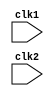
module IITB_RISC (clk1,clk2);

  input clk1, clk2; 	//Two-phase clock 
  
  reg [15:0] PC, IF_ID_IR, IF_ID_NPC;
  reg [15:0] ID_RR_IR, ID_RR_NPC,ID_RR_Imm9, RR_EX_A, RR_EX_B, RR_EX_Imm9, RR_EX_IR, 
    	     RR_EX_NPC,ID_RR_Imm6,RR_EX_Imm6;
  reg [2:0]  ID_RR_type,RR_EX_type, EX_MEM_type, MEM_WB_type;
  reg [15:0] EX_MEM_IR,MEM_WB_IR, EX_MEM_A,EX_MEM_Imm9,MEM_WB_A,MEM_WB_LMD;
  reg [16:0] EX_MEM_ALUout, MEM_WB_ALUout;
  reg [16:0] R0_M,R1_M,R2_M,R3_M,R4_M,R5_M,R6_M,R7_M;
  reg        EX_MEM_cond,Zero,Carry;
				
  reg [15:0] Reg [0:7];		 // 7 General purpose Registers		
  reg [15:0] Mem [0:1023];       // Memory

  parameter Addition=4'b0000, ADI=4'b0001, Nand=4'b0010, LHI=4'b0011, LW=4'b0100, 
            SW=4'b0101, LM=4'b0110, SM=4'b0111, BEQ=4'b1100, JAL=4'b1000, JLR=4'b1001,
	    ADD_NDU=3'b000, ADC_NDC=3'b010, ADZ_NDZ=3'b001;
  
  parameter RR_ALU=5'b00000, RM_ALU=5'b00001, LOAD=5'b00010, STORE=5'b00011, 
  	    BRANCH=5'b00100, JUMP=5'b00101, HALT=5'b00111;

  reg HALTED;  		        //Set after HLT instruction is completed in wb stage
  reg TAKEN_BRANCH;             //Required to disable instructions after branch
		
//=========================== IF Stage ==================================//

always @(posedge clk1)
   if (HALTED==0)
   begin
     if (((EX_MEM_IR[15:12] == BEQ) && (EX_MEM_cond == 1)) ||
         ((EX_MEM_IR[15:12] == JAL)) ||
         ((EX_MEM_IR[15:12] == JLR)))
        begin
          IF_ID_IR     <= Mem[EX_MEM_ALUout];
	  TAKEN_BRANCH <= 1'b1;
          IF_ID_NPC    <= EX_MEM_ALUout + 1;
	  PC           <= EX_MEM_ALUout + 1;
	end
     else
       begin 
	  IF_ID_IR     <= Mem[PC];
	  IF_ID_NPC    <= PC + 1;
	  PC           <= PC + 1;
	end
   end

//=========================== ID Stage ==================================//

always @(posedge clk2)
   if (HALTED==0)
   begin
    ID_RR_NPC <= IF_ID_NPC;
    ID_RR_IR  <= IF_ID_IR;
    ID_RR_Imm9 <= {{7{IF_ID_IR[8]}}, {IF_ID_IR[8:0]}};
    ID_RR_Imm6 <= {{10{IF_ID_IR[5]}}, {IF_ID_IR[5:0]}};
       case (IF_ID_IR[15:12])
  	  Addition, Nand : ID_RR_type <= RR_ALU;
	  ADI, LHI	 : ID_RR_type <= RM_ALU;
 	  LW, LM	 : ID_RR_type <= LOAD;
	  SW, SM	 : ID_RR_type <= STORE;
	  BEQ		 : ID_RR_type <= BRANCH;
	  JAL,JLR	 : ID_RR_type <= JUMP;
//	  HLT		 : ID_RR_type <= HALT;
	  default	 : ID_RR_type <= HALT;   //invalid opcode

       endcase  
   end

//=========================== RR Stage ==================================//

always @(posedge clk1)
   if (HALTED==0)
   begin
     
     RR_EX_NPC  <= ID_RR_NPC;
     RR_EX_IR   <= ID_RR_IR;
     RR_EX_Imm6  <= ID_RR_Imm6;
     RR_EX_Imm9  <= ID_RR_Imm9;
     RR_EX_type <= ID_RR_type;
     if ((ID_RR_IR[15:12] == Addition) || (ID_RR_IR[15:12] == Nand) || (ID_RR_IR[15:12] == SW) || (ID_RR_IR[15:12] == BEQ)) //Dependencies for Add/Nand/SW i.e. forwarding
     begin
        if (ID_RR_IR[11:9]==RR_EX_IR[5:3])   
	  begin
	  RR_EX_A   <= EX_MEM_ALUout;
	  RR_EX_B   <= Reg[ID_RR_IR[8:6]];
	  end
	else if (ID_RR_IR[8:6]==RR_EX_IR[5:3])
	  begin
	  RR_EX_B   <= EX_MEM_ALUout;
	  RR_EX_A   <= Reg[ID_RR_IR[11:9]];
	  end
	else
	  begin
	  RR_EX_A    <= Reg[ID_RR_IR[11:9]];		//RA
    	  RR_EX_B    <= Reg[ID_RR_IR[8:6]];		//RB
	  end
     end

 
        if (ID_RR_IR[15:12] == ADI)  //Dependencies for ADI i.e. forwarding
	  begin
            if (ID_RR_IR[11:9]==RR_EX_IR[5:3])   
	     RR_EX_A   <= EX_MEM_ALUout;	    
	  end

	if ((ID_RR_IR[15:12] == LW) || (ID_RR_IR[15:12] == JLR))  //Dependencies for LW i.e. forwarding
	  begin
            if (ID_RR_IR[8:6]==RR_EX_IR[5:3])   
	     RR_EX_B   <= EX_MEM_ALUout;	    
	  end


	
     
   end

//=========================== EX Stage ==================================//

always @(posedge clk2)
   if (HALTED==0)
   begin
     EX_MEM_type   <=  RR_EX_type;
     EX_MEM_IR	   <=  RR_EX_IR;
     EX_MEM_Imm9   <=  RR_EX_Imm9;
     TAKEN_BRANCH  <=  0;
	
	if ((RR_EX_IR[15:12]==Addition) && (RR_EX_IR[2:0]==ADD_NDU))
//	  begin
		EX_MEM_ALUout <= RR_EX_A + RR_EX_B;
//		if ((EX_MEM_ALUout == 17'b00000000000000000))
//		   begin		
//			Zero = 1;
//		   end
//	       else if (EX_MEM_ALUout[16]==1)
//		   begin			
//			Carry = 1;
//		else
//		     Zero = 0;
//		   end
	//	else 
	//		Carry == 0;	
//	  end

	else if ((RR_EX_IR[15:12]==Addition) && (RR_EX_IR[2:0]==ADC_NDC) && (Carry==1))
//	   begin
		EX_MEM_ALUout <= RR_EX_A + RR_EX_B;
//		if (EX_MEM_ALUout == 17'b0000000000000000)
//		   begin			
//			Zero = 1;
//		   end
//		else if (EX_MEM_ALUout[16]==1)
//		   begin			
//			Carry = 1;
//		   end		
//	   end

	else if ((RR_EX_IR[15:12]==Addition) && (RR_EX_IR[2:0]==ADZ_NDZ) && (Zero==1))
//	  begin
		EX_MEM_ALUout <= RR_EX_A + RR_EX_B;
//		if (EX_MEM_ALUout == 17'b0000000000000000)
//		   begin		
// 			Zero = 1;
//		   end
//		else if (EX_MEM_ALUout[16]==1)
//		   begin			
//			Carry = 1;
//		   end		
//	  end

	else if ((RR_EX_IR[15:12]==Nand) && (RR_EX_IR[2:0]==ADD_NDU))
//	  begin
		EX_MEM_ALUout <= RR_EX_A ~& RR_EX_B;
//		if (EX_MEM_ALUout == 17'b0000000000000000)
//		   begin			
//			Zero = 1;
//	       	   end
//		else 
//			Zero = 0;
//	  end	

	else if ((RR_EX_IR[15:12]==Nand) && (RR_EX_IR[2:0]==ADC_NDC) && (Carry==1))
//	  begin
		EX_MEM_ALUout <= RR_EX_A ~& RR_EX_B;
//		if (EX_MEM_ALUout == 17'b0000000000000000)
//		   begin
//			Zero = 1;
//		   end
//	  end	

	else if ((RR_EX_IR[15:12]==Nand) && (RR_EX_IR[2:0]==ADZ_NDZ) && (Zero==1))
//	  begin
		EX_MEM_ALUout <= RR_EX_A ~& RR_EX_B;
//		if (EX_MEM_ALUout == 17'b0000000000000000)
//		  begin
//			Zero = 1;
//		  end
//	  end

	else if (RR_EX_IR[15:12]==ADI)
//	   begin
		EX_MEM_ALUout <= RR_EX_A + RR_EX_Imm6;		//ALUout has the value to be stored in RB
//		if (EX_MEM_ALUout == 17'b0000000000000000)
//		  begin
//			Zero = 1;
//		  end
//		else if (EX_MEM_ALUout[16]==1)
//		  begin
//			Carry = 1;
//		  end
//	end
	
	else if (RR_EX_IR[15:12]==LW)
//	   begin
		EX_MEM_ALUout <= RR_EX_B+ RR_EX_Imm6;  //Memory adress. Value to be stored in RA
		//EX_MEM_A      <= RR_EX_A;
//		if (EX_MEM_ALUout == 17'b0000000000000000)
//		   begin
//			Zero = 1;
//		   end
//	end

	else if (RR_EX_IR[15:12]==LHI)
//	   begin
		EX_MEM_A   <=  {RR_EX_Imm9[8:0],7'b0000000};  //To be stored in RA
		             
//	   end

	else if (RR_EX_IR[15:12]==SW)
	   begin
		EX_MEM_ALUout <= RR_EX_B+ RR_EX_Imm6;    //Memory adress. RA value to be stored here
		EX_MEM_A      <= RR_EX_A;
	   end
	
	else if (RR_EX_IR[15:12]==BEQ)
	   begin
		EX_MEM_ALUout  <=  RR_EX_NPC + RR_EX_Imm6;
		EX_MEM_cond    <=  ((RR_EX_A-RR_EX_B) == 0);
	   end	

	else if (RR_EX_IR[15:12]==JAL)
	   begin
		EX_MEM_ALUout  <=  RR_EX_NPC + RR_EX_Imm9;
		EX_MEM_A       <=  RR_EX_NPC;		//To be stored in RA
	   end	

	else if (RR_EX_IR[15:12]==JLR)
	   begin
		EX_MEM_ALUout  <=  RR_EX_B + 16'b0000000000000000;  //branch to this adress
		EX_MEM_A       <=  RR_EX_NPC;
	   end

	else if (RR_EX_IR[15:12]==LM)
	   begin
		EX_MEM_ALUout  <=  RR_EX_A + 16'b0000000000000000;
		EX_MEM_Imm9    <=  RR_EX_Imm9;
	   end

	else if (RR_EX_IR[15:12]==SM)
	   begin
		EX_MEM_ALUout  <=  RR_EX_A + 16'b0000000000000000;
		EX_MEM_Imm9    <=  RR_EX_Imm9;
	   end


   end

//=========================== MEM Stage ==================================//

always @(posedge clk1)
 //  if ((HALTED==0)&&(TAKEN_BRANCH==0))
   if (HALTED==0)

   begin
	MEM_WB_type  <=  EX_MEM_type;
	MEM_WB_IR  <=  EX_MEM_IR;
          if ((RR_EX_IR[15:12]==Addition) && (RR_EX_IR[2:0]==ADD_NDU))
	  begin
//		EX_MEM_ALUout <= RR_EX_A + RR_EX_B;
	       if ((EX_MEM_ALUout == 17'b00000000000000000))		
			Zero = 1;

	       else if (EX_MEM_ALUout[16]==1)			
			Carry = 1;

	       else
		  begin
		     Zero = 0;
		     Carry= 0;
		  end	
	  end

	else if ((RR_EX_IR[15:12]==Addition) && (RR_EX_IR[2:0]==ADC_NDC) && (Carry==1))
	   begin
//		EX_MEM_ALUout <= RR_EX_A + RR_EX_B;
		if (EX_MEM_ALUout == 17'b0000000000000000)			
			Zero = 1;

		else if (EX_MEM_ALUout[16]==1)			
			Carry = 1;

	        else
		  begin
		     Zero = 0;
		     Carry= 0;
		  end
	   end

	else if ((RR_EX_IR[15:12]==Addition) && (RR_EX_IR[2:0]==ADZ_NDZ) && (Zero==1))
	  begin
//		EX_MEM_ALUout <= RR_EX_A + RR_EX_B;
		if (EX_MEM_ALUout == 17'b0000000000000000)
 			Zero = 1;

		else if (EX_MEM_ALUout[16]==1)			
			Carry = 1;
	        else
		   begin
		     Zero = 0;
		     Carry= 0;
		   end
	
	  end

	else if ((RR_EX_IR[15:12]==Nand) && (RR_EX_IR[2:0]==ADD_NDU))
	  begin
//		EX_MEM_ALUout <= RR_EX_A ~& RR_EX_B;
		if (EX_MEM_ALUout == 17'b0000000000000000)			
			Zero = 1;
		else 
			Zero = 0;
	  end	

	else if ((RR_EX_IR[15:12]==Nand) && (RR_EX_IR[2:0]==ADC_NDC) && (Carry==1))
	  begin
//		EX_MEM_ALUout <= RR_EX_A ~& RR_EX_B;
		if (EX_MEM_ALUout == 17'b0000000000000000)
			Zero = 1;
		else 
			Zero = 0;
	  end	

	else if ((RR_EX_IR[15:12]==Nand) && (RR_EX_IR[2:0]==ADZ_NDZ) && (Zero==1))
	  begin
//		EX_MEM_ALUout <= RR_EX_A ~& RR_EX_B;
		if (EX_MEM_ALUout == 17'b0000000000000000)
			Zero = 1;
		else 
			Zero = 0;
	  end

	else if (RR_EX_IR[15:12]==ADI)
	   begin
//		EX_MEM_ALUout <= RR_EX_A + RR_EX_Imm6;		//ALUout has the value to be stored in RB
		if (EX_MEM_ALUout == 17'b0000000000000000)
			Zero = 1;

		else if (EX_MEM_ALUout[16]==1)
			Carry = 1;

		else
		   begin
		     Zero = 0;
		     Carry= 0;
		   end
	   end
	
	else if (RR_EX_IR[15:12]==LW)
	   begin
//		EX_MEM_ALUout <= RR_EX_B+ RR_EX_Imm6;  //Memory adress. Value to be stored in RA
		//EX_MEM_A      <= RR_EX_A;
		if (EX_MEM_ALUout == 17'b0000000000000000)
			Zero = 1;
		else 
			Zero = 0;
	   end

	case(EX_MEM_IR[15:12])
	  Addition, Nand, ADI : MEM_WB_ALUout <=  EX_MEM_ALUout;
	  LHI, JAL, JLR	      : MEM_WB_A      <=  EX_MEM_A;
				//MEM_WB_IR  <=  RR_EX_IR;			
	  LW		      : MEM_WB_LMD  <= Mem[EX_MEM_ALUout];
	  SW		      : if (TAKEN_BRANCH == 0)		    //Disable write
				  Mem[EX_MEM_ALUout]  <=  EX_MEM_A;
	  LM                  : begin
				R0_M <= Mem[EX_MEM_ALUout];
				R1_M <= Mem[EX_MEM_ALUout + EX_MEM_Imm9[0]];
				R2_M <= Mem[EX_MEM_ALUout + EX_MEM_Imm9[0]+EX_MEM_Imm9[1]];
				R3_M <= Mem[EX_MEM_ALUout + EX_MEM_Imm9[0]+EX_MEM_Imm9[1]+ EX_MEM_Imm9[2]];
				R4_M <= Mem[EX_MEM_ALUout + EX_MEM_Imm9[0]+EX_MEM_Imm9[1]+ EX_MEM_Imm9[2]+ EX_MEM_Imm9[3]];
				R5_M <= Mem[EX_MEM_ALUout + EX_MEM_Imm9[0]+EX_MEM_Imm9[1]+ EX_MEM_Imm9[2]+ EX_MEM_Imm9[3]+ EX_MEM_Imm9[4]];
				R6_M <= Mem[EX_MEM_ALUout + EX_MEM_Imm9[0]+EX_MEM_Imm9[1]+ EX_MEM_Imm9[2]+ EX_MEM_Imm9[3]+ EX_MEM_Imm9[4]+ EX_MEM_Imm9[5]];
				R7_M <= Mem[EX_MEM_ALUout + EX_MEM_Imm9[0]+EX_MEM_Imm9[1]+ EX_MEM_Imm9[2]+ EX_MEM_Imm9[3]+ EX_MEM_Imm9[4]+ EX_MEM_Imm9[5]+ EX_MEM_Imm9[6]];
				end
	  SM		      : if (EX_MEM_Imm9[0]==1)
				  Mem[EX_MEM_ALUout]  <=  Reg[0];
				else if (EX_MEM_Imm9[1]==1)
				  Mem[EX_MEM_ALUout + EX_MEM_Imm9[0]] <= Reg[1];
				else if (EX_MEM_Imm9[2]==1)
				  Mem[EX_MEM_ALUout + EX_MEM_Imm9[0]+EX_MEM_Imm9[1]] <= Reg[2];
				else if (EX_MEM_Imm9[3]==1)
				  Mem[EX_MEM_ALUout + EX_MEM_Imm9[0]+EX_MEM_Imm9[1]+ EX_MEM_Imm9[2]] <= Reg[3];
				else if (EX_MEM_Imm9[4]==1)
				  Mem[EX_MEM_ALUout + EX_MEM_Imm9[0]+EX_MEM_Imm9[1]+ EX_MEM_Imm9[2]+ EX_MEM_Imm9[3]] <= Reg[4];
				else if (EX_MEM_Imm9[5]==1)
				  Mem[EX_MEM_ALUout + EX_MEM_Imm9[0]+EX_MEM_Imm9[1]+ EX_MEM_Imm9[2]+ EX_MEM_Imm9[3]+ EX_MEM_Imm9[4]] <= Reg[5];
				else if (EX_MEM_Imm9[6]==1)
				  Mem[EX_MEM_ALUout + EX_MEM_Imm9[0]+EX_MEM_Imm9[1]+ EX_MEM_Imm9[2]+ EX_MEM_Imm9[3]+ EX_MEM_Imm9[4]+ EX_MEM_Imm9[5]] <= Reg[6];
				else if (EX_MEM_Imm9[7]==1)
				  Mem[EX_MEM_ALUout + EX_MEM_Imm9[0]+EX_MEM_Imm9[1]+ EX_MEM_Imm9[2]+ EX_MEM_Imm9[3]+ EX_MEM_Imm9[4]+ EX_MEM_Imm9[5]+ EX_MEM_Imm9[6]] <= Reg[7];

//	  SM		      : if (EX_MEM_Imm9[0]==1)
//				Mem[EX_MEM_ALUout]  <=  Reg[0];
//				  if (EX_MEM_Imm9[1]==1)
//				  Mem[EX_MEM_ALUout + EX_MEM_Imm9[0]] <= Reg[1];
//				    if (EX_MEM_Imm9[2]==1)
//				    Mem[EX_MEM_ALUout + EX_MEM_Imm9[0]+EX_MEM_Imm9[1]] <= Reg[2];
//				      if (EX_MEM_Imm9[3]==1)
//				      Mem[EX_MEM_ALUout + EX_MEM_Imm9[0]+EX_MEM_Imm9[1]+ EX_MEM_Imm9[2]] <= Reg[3];
//		            		if (EX_MEM_Imm9[4]==1)
//				        Mem[EX_MEM_ALUout + EX_MEM_Imm9[0]+EX_MEM_Imm9[1]+ EX_MEM_Imm9[2]+ EX_MEM_Imm9[3]] <= Reg[4];
//				          if (EX_MEM_Imm9[5]==1)
//				  	  Mem[EX_MEM_ALUout + EX_MEM_Imm9[0]+EX_MEM_Imm9[1]+ EX_MEM_Imm9[2]+ EX_MEM_Imm9[3]+ EX_MEM_Imm9[4]] <= Reg[5];
//				            if (EX_MEM_Imm9[6]==1)
//				       	      Mem[EX_MEM_ALUout + EX_MEM_Imm9[0]+EX_MEM_Imm9[1]+ EX_MEM_Imm9[2]+ EX_MEM_Imm9[3]+ EX_MEM_Imm9[4]+ EX_MEM_Imm9[5]] <= Reg[6];
//				 	      if (EX_MEM_Imm9[7]==1)
//				        Mem[EX_MEM_ALUout + EX_MEM_Imm9[0]+EX_MEM_Imm9[1]+ EX_MEM_Imm9[2]+ EX_MEM_Imm9[3]+ EX_MEM_Imm9[4]+ EX_MEM_Imm9[5]+ EX_MEM_Imm9[6]] <= Reg[7];

	endcase
   end
	  
//=========================== WB Stage ==================================//

always @(posedge clk2)
   begin
      if ((TAKEN_BRANCH == 0)&&(EX_MEM_IR[15:12]!=JAL)&&(EX_MEM_IR[15:12]!=JLR))		//Disable write if branch taken

      case(MEM_WB_IR[15:12])
	Addition, Nand  : Reg[MEM_WB_IR[5:3]]  <=  MEM_WB_ALUout;	//RC
		ADI     : Reg[MEM_WB_IR[8:6]]  <=  MEM_WB_ALUout;	//RB
		LW	: Reg[MEM_WB_IR[11:9]]  <=  MEM_WB_LMD;		//RA
	       LHI	: Reg[MEM_WB_IR[11:9]]  <=  MEM_WB_A;		//RA
		HALT    : HALTED <= 1'b1;
		LM	: if (EX_MEM_Imm9[0]==1)
			     Reg[0] <= R0_M;
			  else if (EX_MEM_Imm9[1]==1)
			     Reg[1] <= R1_M;
			  else if (EX_MEM_Imm9[2]==1)
			     Reg[2] <= R2_M;
			  else if (EX_MEM_Imm9[3]==1)
			     Reg[3] <= R3_M;
			  else if (EX_MEM_Imm9[4]==1)
			     Reg[4] <= R4_M;
			  else if (EX_MEM_Imm9[5]==1)
			     Reg[5] <= R5_M;
			  else if (EX_MEM_Imm9[6]==1)
			     Reg[6] <= R6_M;
			  else if (EX_MEM_Imm9[7]==1)
			     Reg[7] <= R7_M;
      endcase

      else if ((EX_MEM_IR[15:12]==JAL)||(EX_MEM_IR[15:12]==JLR))			//These 2 lines are extras
          Reg[MEM_WB_IR[11:9]]  <=  MEM_WB_A;
	   
   end

endmodule